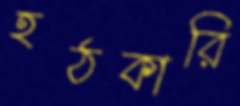
হঠকারি